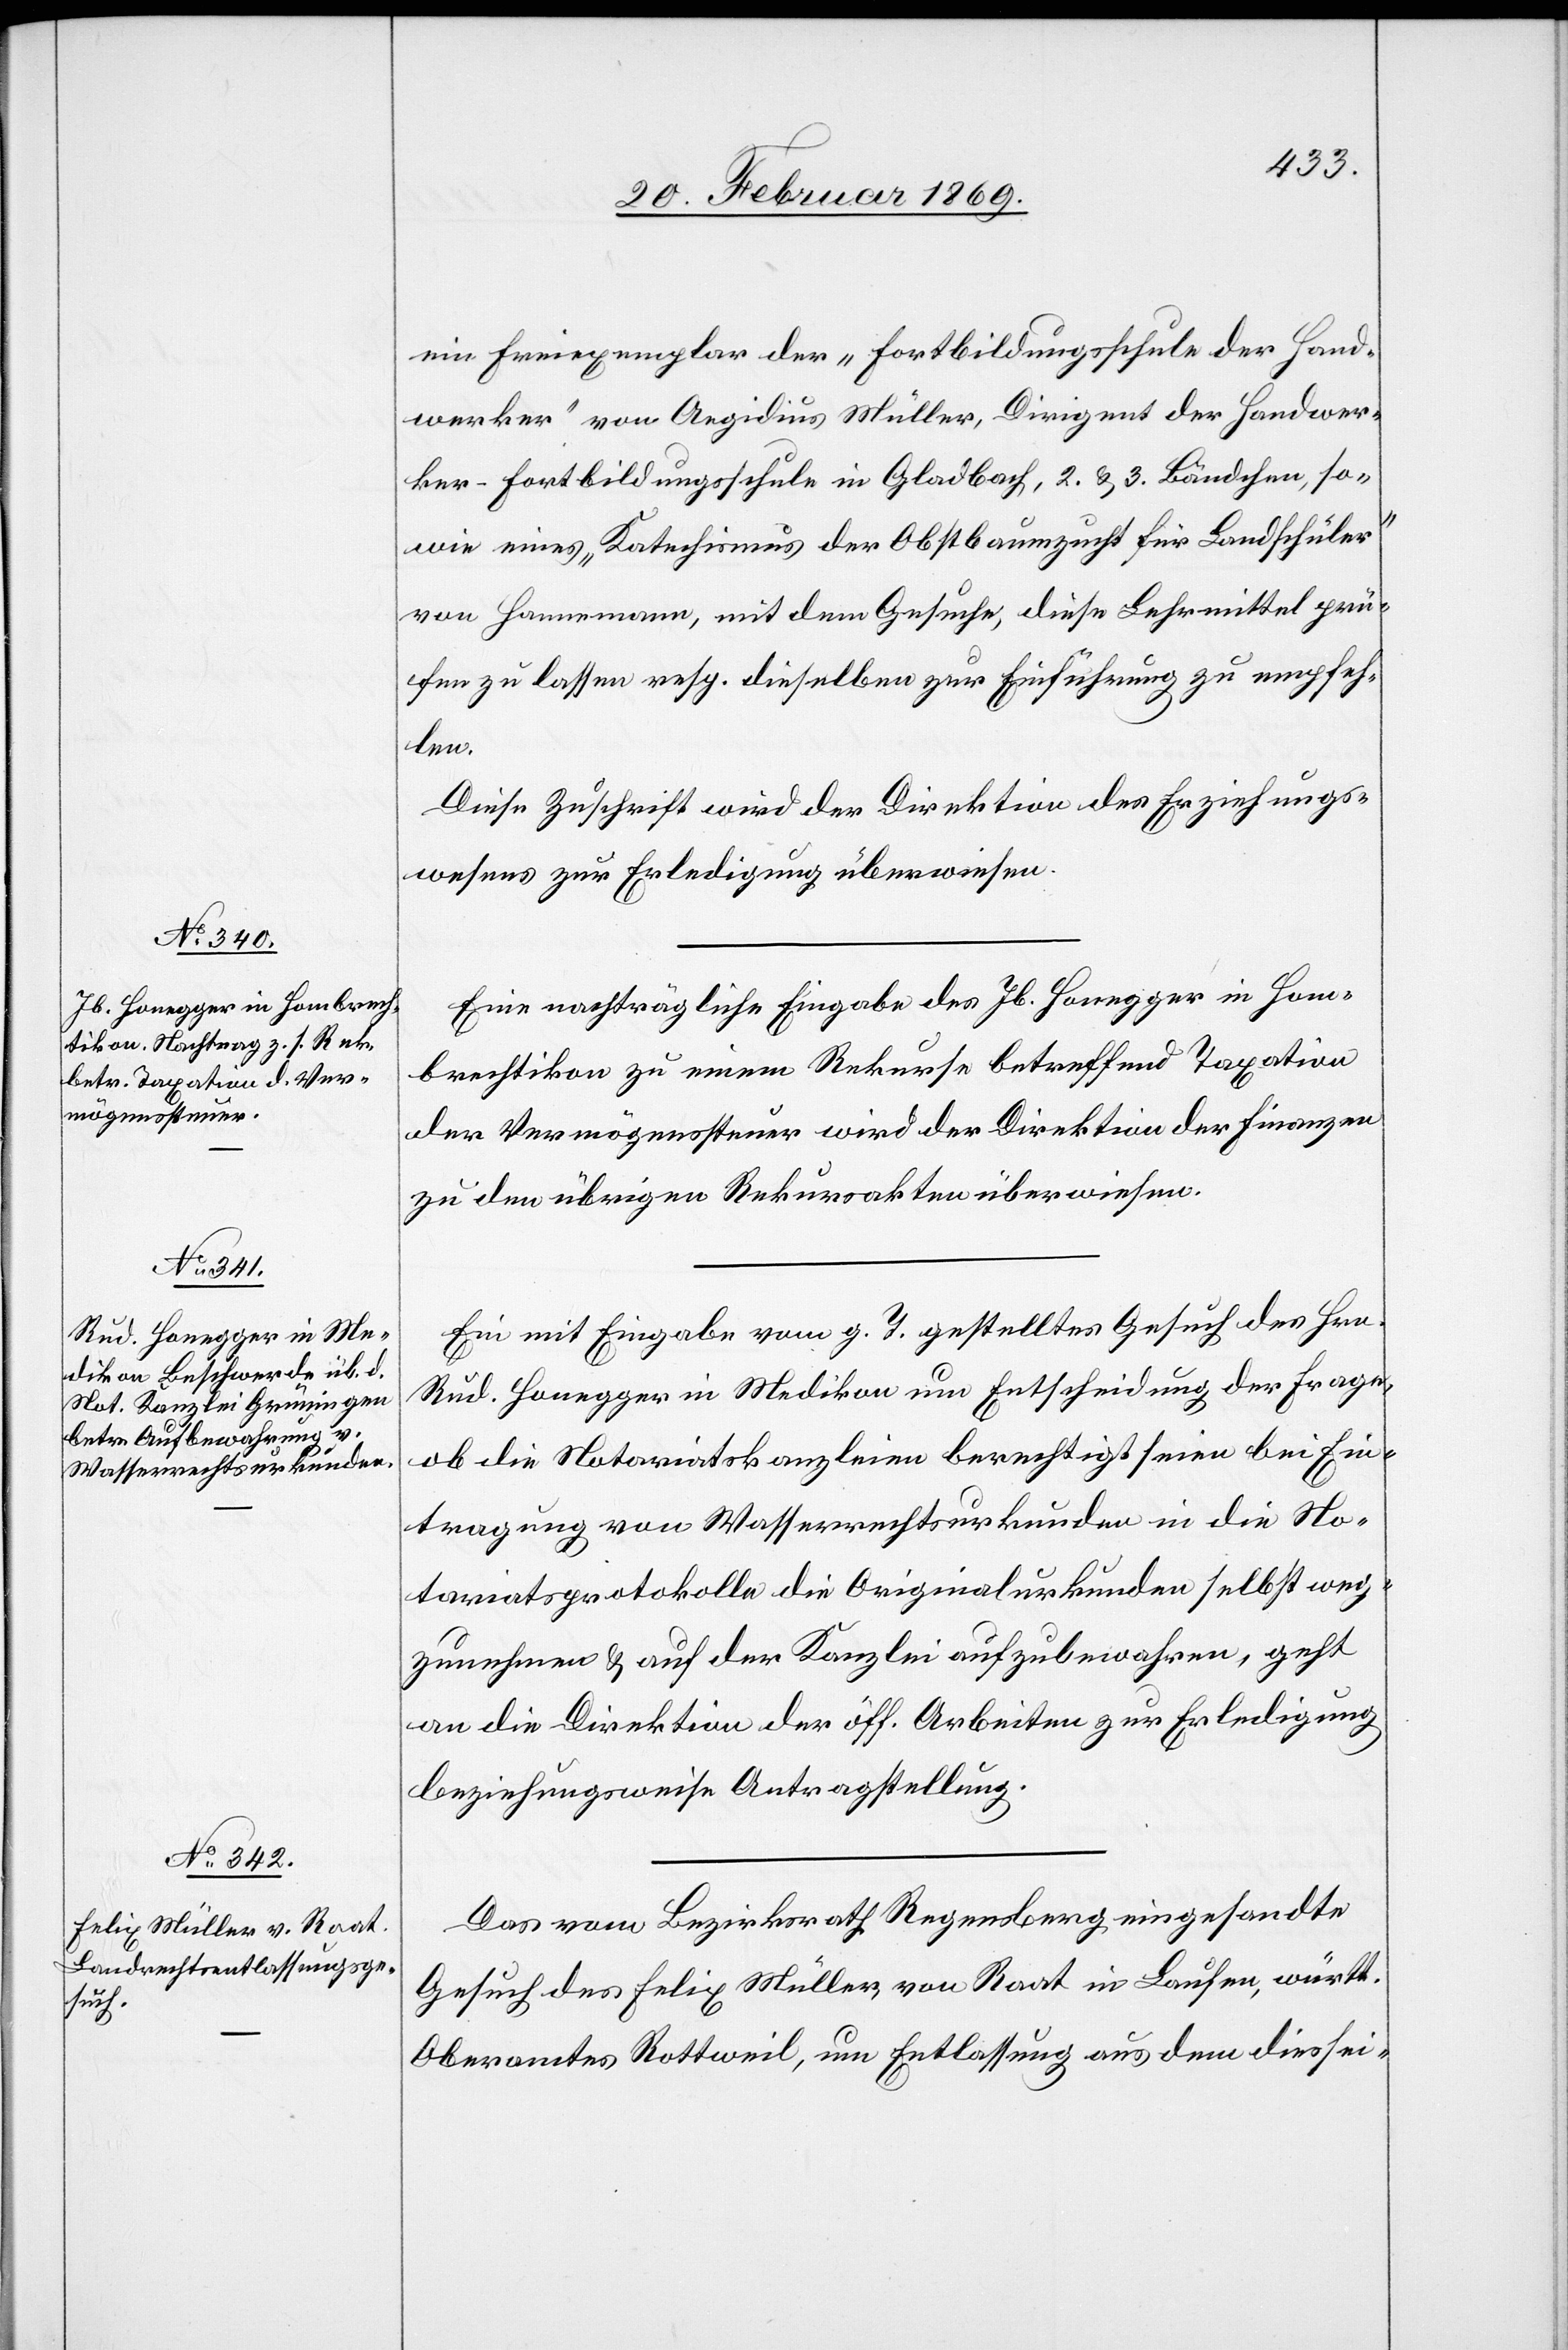
24. Februar 1869.]
ein Freiexemplar der „Fortbildungsschule der Hand¬
werker“ von Aegidius Müller, Dirigent der Handwer¬
ker-Fortbildungsschule in Gladbach, 2. & 3. Bändchen, so¬
wie eines „Katechismus der Obstbaumzucht für Landschüler“
von Hannemann, mit dem Gesuche, diese Lehrmittel prü¬
fen zu lassen resp. dieselben zur Einführung zu empfeh¬
len.
Diese Zuschrift wird der Direktion des Erziehungs¬
wesens zur Erledigung überwiesen.
Eine nachträgliche Eingabe des Jb. Honegger in Hom¬
brechtikon zu einem Rekurse betreffend Taxation
der Vermögenssteuer wird der Direktion der Finanzen
zu den übrigen Rekursakten überwiesen.
Ein mit Eingabe vom h. T. gestelltes Gesuch des Hrn.
Rud. Honegger in Medikon um Entscheidung der Frage,
ob die Notariatskanzleien berechtigt seien bei Ein¬
tragung von Wasserrechtsurkunden in die No¬
tariatsprotokolle die Originalurkunden selbst weg¬
zunehmen & auf der Kanzlei aufzubewahren, geht
an die Direktion der öff. Arbeiten zur Erledigung
beziehungsweise Antragstellung.
Das vom Bezirksrath Regensberg eingesandte
Gesuch des Felix Müller von Raat in Laufen, württ.
Oberamtes Rottweil, um Entlassung aus dem diessei-